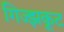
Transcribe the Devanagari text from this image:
गिज्झकूट